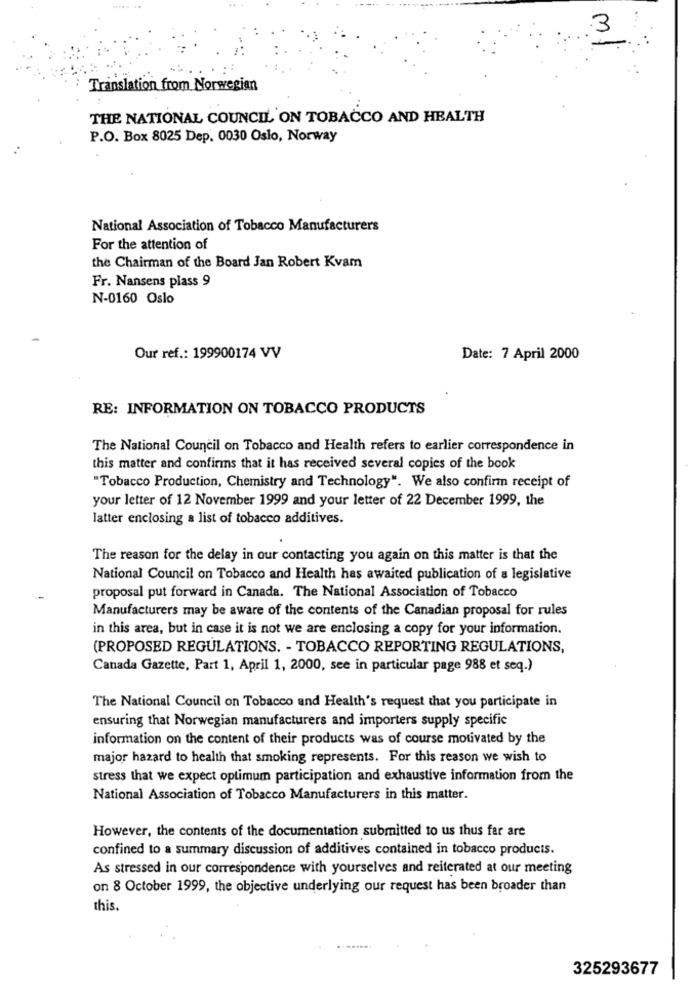
.3
-
Translation from Norwegian
THE NATIONAL COUNCIL ON TOBACCO AND HEALTH
P.O. Box 8025 Dep. 0030 Oslo, Norway
National Association of Tobacco Manufacturers
For the attention of
the Chairman of the Board Jan Robert Kvam
Fr. Nansens plass 9
N-0160 Oslo
Our ref .: 199900174 VV
Date: 7 April 2000
RE: INFORMATION ON TOBACCO PRODUCTS
The National Council on Tobacco and Health refers to earlier correspondence in
this matter and confirms that it has received several copies of the book
"Tobacco Production, Chemistry and Technology". We also confirm receipt of
your letter of 12 November 1999 and your letter of 22 December 1999, the
latter enclosing a list of tobacco additives.
The reason for the delay in our contacting you again on this matter is that the
National Council on Tobacco and Health has awaited publication of a legislative
proposal put forward in Canada. The National Association of Tobacco
Manufacturers may be aware of the contents of the Canadian proposal for rules
in this area, but in case it is not we are enclosing a copy for your information.
(PROPOSED REGULATIONS. - TOBACCO REPORTING REGULATIONS,
Canada Gazette, Part 1, April 1, 2000, see in particular page 988 et seq.)
The National Council on Tobacco and Health's request that you participate in
ensuring that Norwegian manufacturers and importers supply specific
information on the content of their products was of course motivated by the
major hazard to health that smoking represents. For this reason we wish to
stress that we expect optimum participation and exhaustive information from the
National Association of Tobacco Manufacturers in this matter.
However, the contents of the documentation submitted to us thus far are
confined to a summary discussion of additives contained in tobacco products.
As stressed in our correspondence with yourselves and reiterated at our meeting
on 8 October 1999, the objective underlying our request has been broader than
this.
325293677